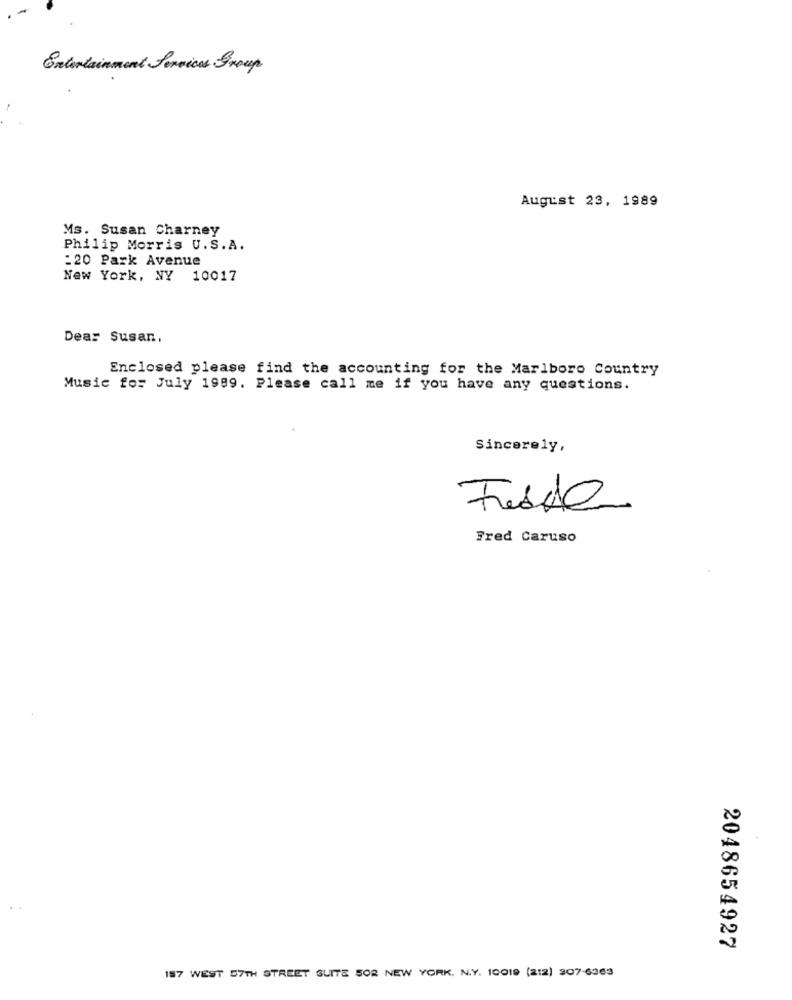
Entertainment Services Group
August 23, 1989
Ms. Susan Charney
Philip Morris U.S.A.
:20 Park Avenue
New York, NY 10017
Dear Susan,
Enclosed please find the accounting for the Marlboro Country
Music for July 1989. Please call me if you have any questions.
Sincerely,
Fred Caruso
2048654927
157 WEST 57TH STREET SUITE SOR NEW YORK. N.Y. 10019 (212) 907-6363